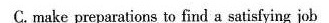
C. make preparations to find a satisfying job